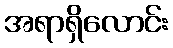
အရာရှိလောင်း